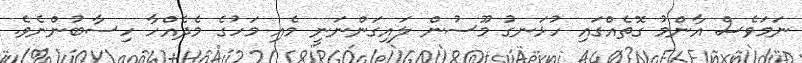
ނަމަވެސް އާންމު ގޮތެއްގައި ހުޅަނގު މޫސުން ލައިގަންނަނީ މެއި މަހުގެ މެދެއްހާ ހިސާބުންނެވެ.